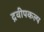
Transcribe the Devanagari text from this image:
द्रवीपकल्प